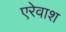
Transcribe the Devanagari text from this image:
एरेवाश